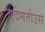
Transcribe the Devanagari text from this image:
एदेमतोउस